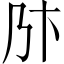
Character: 𠂪